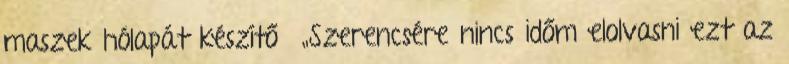
maszek hólapát készítő „Szerencsére nincs időm elolvasni ezt az